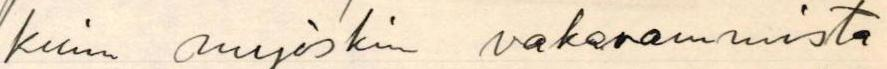
kuin myöskin vakavammista